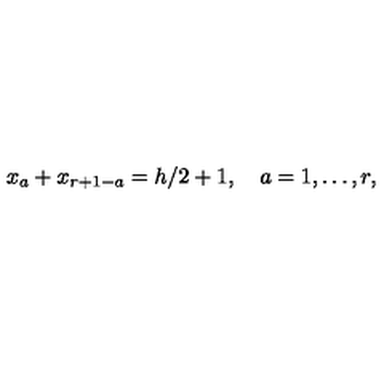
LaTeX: x _ { a } + x _ { r + 1 - a } = h / 2 + 1 , \quad a = 1 , \ldots , r ,